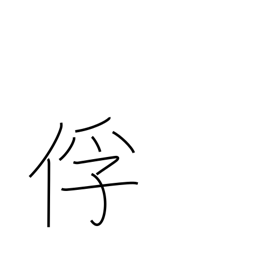
Meaning: captive